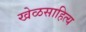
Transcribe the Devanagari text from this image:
खेळसाहित्य